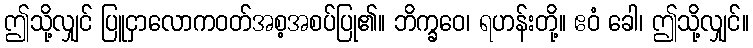
ဤသို့လျှင် ပြူငှာလောကဝတ်အစ့အစပ်ပြု၏။ ဘိက္ခဝေ၊ ရဟန်းတို့။ ဧဝံ ခေါ၊ ဤသို့လျှင်။